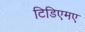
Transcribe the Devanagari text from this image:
टिडिएमए